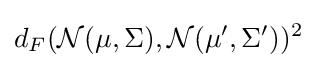
d_{F}({\mathcal {N}}(\mu ,\Sigma ),{\mathcal {N}}(\mu ',\Sigma '))^{2}